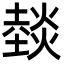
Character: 燅